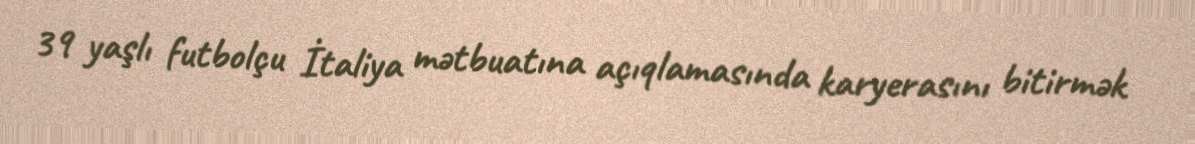
39 yaşlı futbolçu İtaliya mətbuatına açıqlamasında karyerasını bitirmək